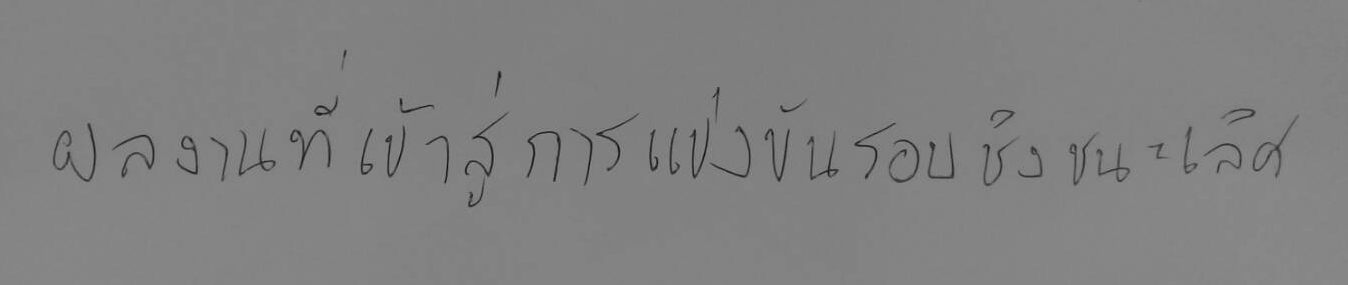
ผลงานที่เข้าสู่การแข่งขันรอบชิงขนะเลิศ